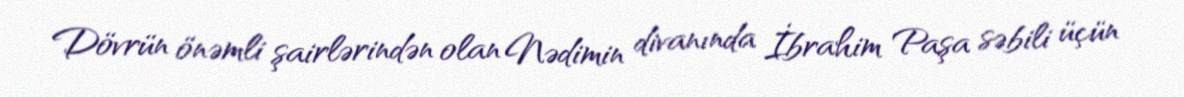
Dövrün önəmli şairlərindən olan Nədimin divanında İbrahim Paşa səbili üçün